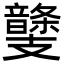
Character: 𩐾